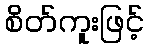
စိတ်ကူးဖြင့်